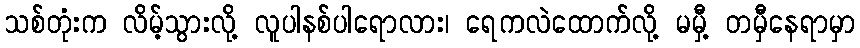
သစ်တုံးက လိမ့်သွားလို့ လူပါနစ်ပါရောလား၊ ရေကလဲထောက်လို့ မမှီ့ တမှီနေရာမှာ